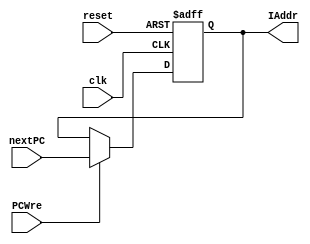
`timescale 1ns / 1ps
//////////////////////////////////////////////////////////////////////////////////
// Company: 
// Engineer: 
// 
// Design Name: 
// Module Name: PC
// Project Name: 
// Target Devices: 
// Tool Versions: 
// Description: 
// 
// Dependencies: 
// 
// Revision:
// Revision 0.01 - File Created
// Additional Comments:
// 
//////////////////////////////////////////////////////////////////////////////////

module PC(clk, reset, PCWre,nextPC, IAddr);
    input clk;
    input reset;
    input PCWre;
    input [31:0] nextPC;
    output reg [31:0] IAddr; // current PC address

    always@(posedge clk or negedge reset)
    begin
        if(reset == 0) 
            IAddr <= 0;
        else if (PCWre == 1) 
            IAddr <= nextPC;
    end
endmodule